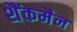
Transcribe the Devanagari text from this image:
शैंकमैन